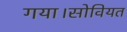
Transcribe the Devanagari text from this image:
गया।सोवियत